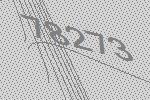
78273